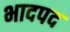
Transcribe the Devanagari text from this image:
भादपद